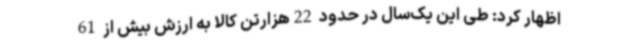
اظهار کرد: طی این یک‌سال در حدود 22هزارتن کالا به ارزش بیش از 61